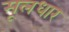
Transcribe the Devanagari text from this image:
मूलधार